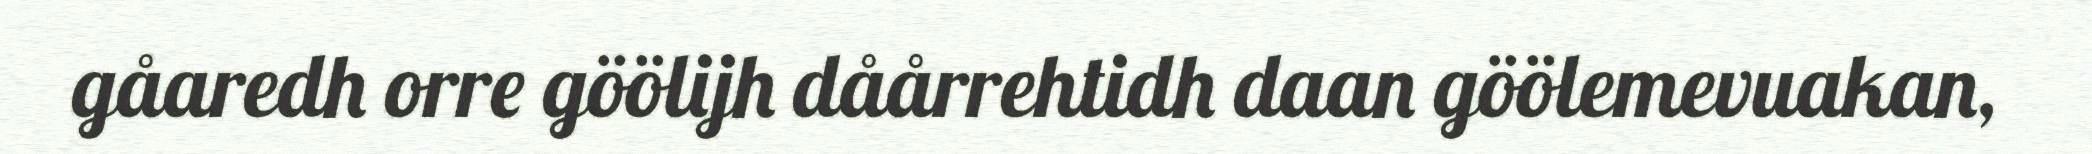
gåaredh orre göölijh dåårrehtidh daan göölemevuakan,